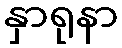
နှာရုနာ